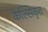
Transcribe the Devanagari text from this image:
केल्सिकृत